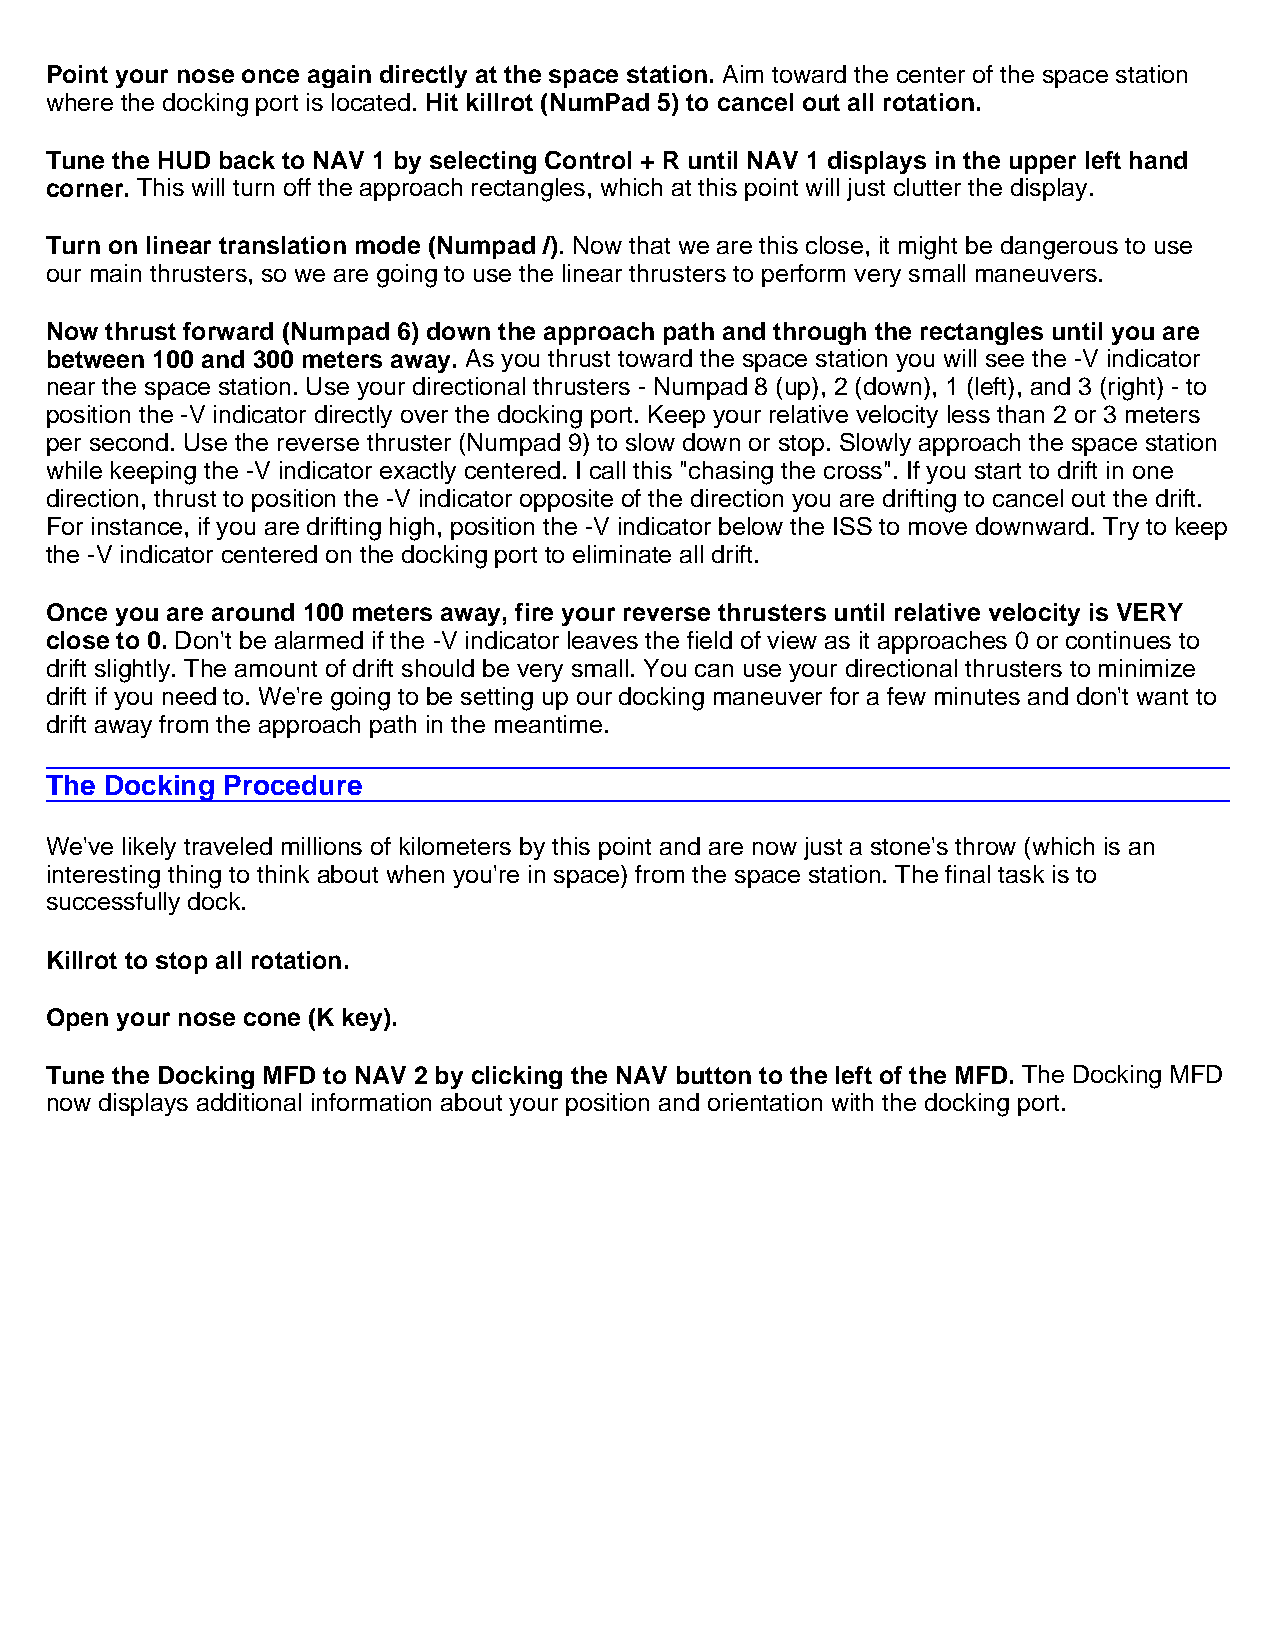
Point your nose once again directly at the space station. Aim toward the center of the space station
 where the docking port is located. Hit killrot (NumPad 5) to cancel out all rotation.
 Tune the HUD back to NAV 1 by selecting Control + R until NAV 1 displays in the upper left hand
 corner. This will turn off the approach rectangles, which at this point will just clutter the display.
 Turn on linear translation mode (Numpad /). Now that we are this close, it might be dangerous to use
 our main thrusters, so we are going to use the linear thrusters to perform very small maneuvers.
 Now thrust forward (Numpad 6) down the approach path and through the rectangles until you are
 between 100 and 300 meters away. As you thrust toward the space station you will see the -V indicator
 near the space station. Use your directional thrusters - Numpad 8 (up), 2 (down), 1 (left), and 3 (right) - to
 position the -V indicator directly over the docking port. Keep your relative velocity less than 2 or 3 meters
 per second. Use the reverse thruster (Numpad 9) to slow down or stop. Slowly approach the space station
 while keeping the -V indicator exactly centered. I call this "chasing the cross". If you start to drift in one
 direction, thrust to position the -V indicator opposite of the direction you are drifting to cancel out the drift.
 For instance, if you are drifting high, position the -V indicator below the ISS to move downward. Try to keep
 the -V indicator centered on the docking port to eliminate all drift.
 Once you are around 100 meters away, fire your reverse thrusters until relative velocity is VERY
 close to 0. Don't be alarmed if the -V indicator leaves the field of view as it approaches 0 or continues to
 drift slightly. The amount of drift should be very small. You can use your directional thrusters to minimize
 drift if you need to. We're going to be setting up our docking maneuver for a few minutes and don't want to
 drift away from the approach path in the meantime.
 The Docking Procedure
 We've likely traveled millions of kilometers by this point and are now just a stone's throw (which is an
 interesting thing to think about when you're in space) from the space station. The final task is to
 successfully dock.
 Killrot to stop all rotation.
 Open your nose cone (K key).
 Tune the Docking MFD to NAV 2 by clicking the NAV button to the left of the MFD. The Docking MFD
 now displays additional information about your position and orientation with the docking port.